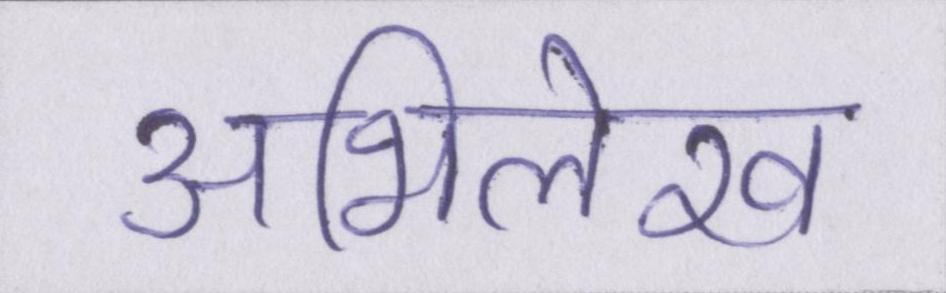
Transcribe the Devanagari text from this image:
अभिलेख